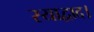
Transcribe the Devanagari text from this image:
स्याद्वाद।